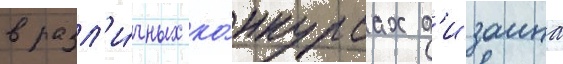
в разл'и́чных ко́нкурсах д'изаина